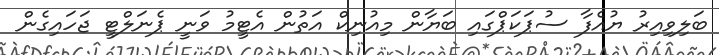
ބަލިވިއިރު ޔުއެފާ ސުޕަކަޕްގައި ބަޔާން މިއުނިކް އަތުން އެޓީމު ވަނީ ޕެނަލްޓީ ޖަހައިގެން